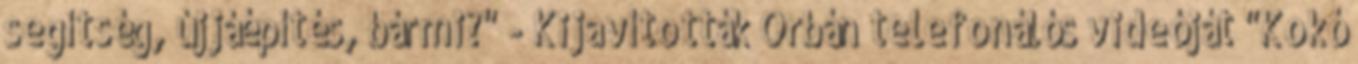
segítség, újjáépítés, bármi?" - Kijavították Orbán telefonálós videóját "Kokó